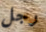
رجل